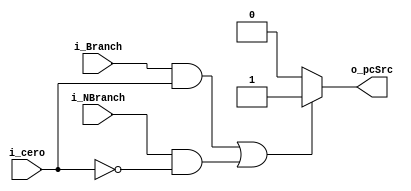
`timescale 1ns / 1ps
module AND_Branch
    #(
        parameter NBITS = 32
    )
    (
        input   wire    i_Branch    ,
        input   wire    i_NBranch   ,
        input   wire    i_cero      ,
        output  wire    o_pcSrc                 
    );
    
    reg result  ;    
    
    initial 
    begin
        result     <=      1'b0;      
    end
    
    always @(*)
    begin
        if((i_Branch && i_cero) || (i_NBranch && !i_cero))
            result   <=     1'b1    ;
        else
            result   <=     1'b0    ;
    end
    
    assign  o_pcSrc   =   result  ;       
endmodule